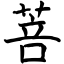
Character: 菩